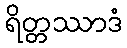
ရိတ္တဿာဒံ